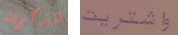
تتذكرينه واشتريت